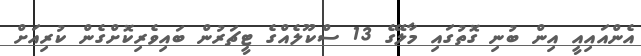
އެންއައިއީ އިން ބުނި ގޮތުގައި މާލޭގެ 13 ސްކޫލެއްގެ ޓީޗަރުން ބައިވެރިކޮށްގެން ކުރިއަށް